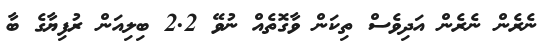
ނެރެން ނެރެން އަދިވެސް ތިކަން ވާގޮތެއް ނުވޭ 2.2 ބިލިއަން ރުފިޔާގެ ބާ